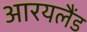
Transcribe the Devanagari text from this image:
आरयलैंड